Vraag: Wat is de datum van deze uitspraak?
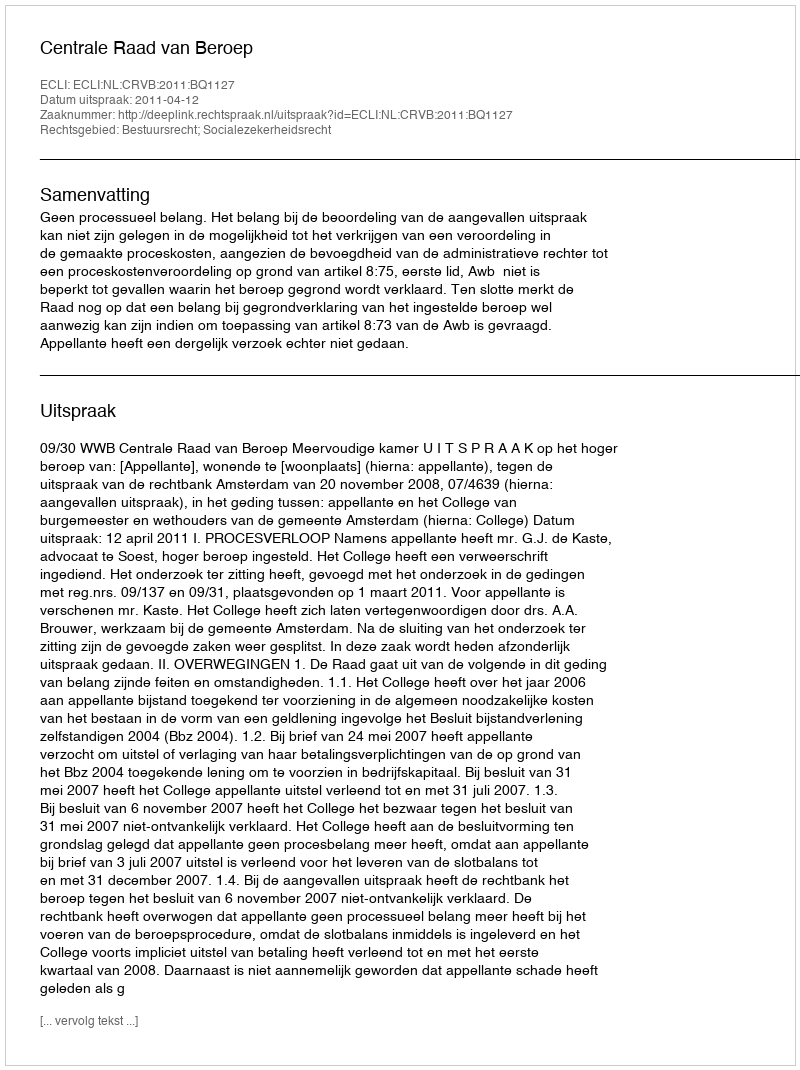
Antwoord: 2011-04-12